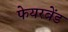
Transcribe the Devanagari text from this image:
फेयरबेंड